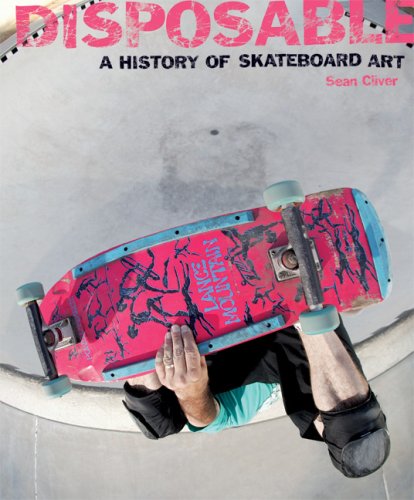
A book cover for Disposable: A History of Skateboard Art; Sean Cliver; Sports & Outdoors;